Annual report of the Punjab Veterinary College and of the Civil Veterinary Department, Punjab - 1894-1908
Year: 1894
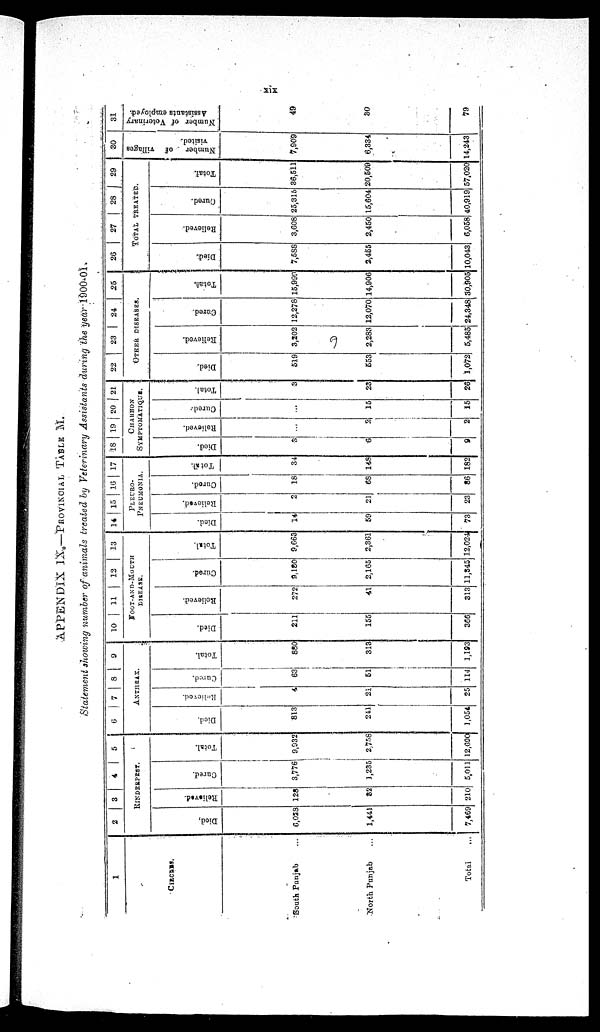
xix
APPENDIX IX o -PROVINCIAL TABLE M.
Statement showing number of animals treated by Veterinary Assistants during the year 1900-01.
1
CIRCLES.
South Punjab ...
North Punjab ...
Total
2
3
4
5
RINDERPEST.
Died,
6,023
1,441
7,169
Relieved.
128
82
210
Cured.
3,776
1,235
5,011
Total.
9,932
2,758
12,690
6
7
8
5
9
ANTHRAX.
Died.
813
241
1,054
Relieved.
4
21
25
Cured.
63
61
114
Total.
880
313
1,193
10
11
12
13
FOOT-AND-MOUTH
DISEASE.
Died.
211
155
366
Relieved.
272
41
313
Cured.
9,180
2,165
11,845
Total.
9,663
2,361
12,024
14 15 16 17
PLEURO-
PNEUMONIA.
Died.
14
59
73
Relieved.
2
21
23
Cured.
18
68
86
Total.
34
148
182
18 19 20 21
CHARBON
SYMPTOMATIQUE.
Died.
8
6
9
Relieved.
...
2
2
Cured.
...
15
15
Total.
3
23
26
22
23
24
25
OTHER DISEASES
Died.
519
553
1,072
Relieved.
3,202
2,283
5,485
Cured.
12,278
12,070
24,348
Total.
15,999
14,906
30,905
26
27
28
29
TOTAL TREATED.
Died.
7,588
2,455
10,043
Relieved.
3,608
2,450
6,058
Cured.
25,315
15,604
40,919
Total.
36,511
20,509
57,020
30
Number
of villages
visited.
7,909
6,334
14,243
31
Number of Veterinary
Assistants employed.
49
30
79